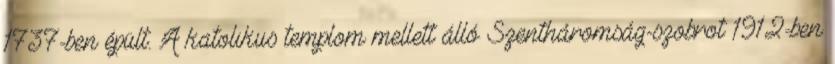
1737-ben épült. A katolikus templom mellett álló Szentháromság-szobrot 1912-ben